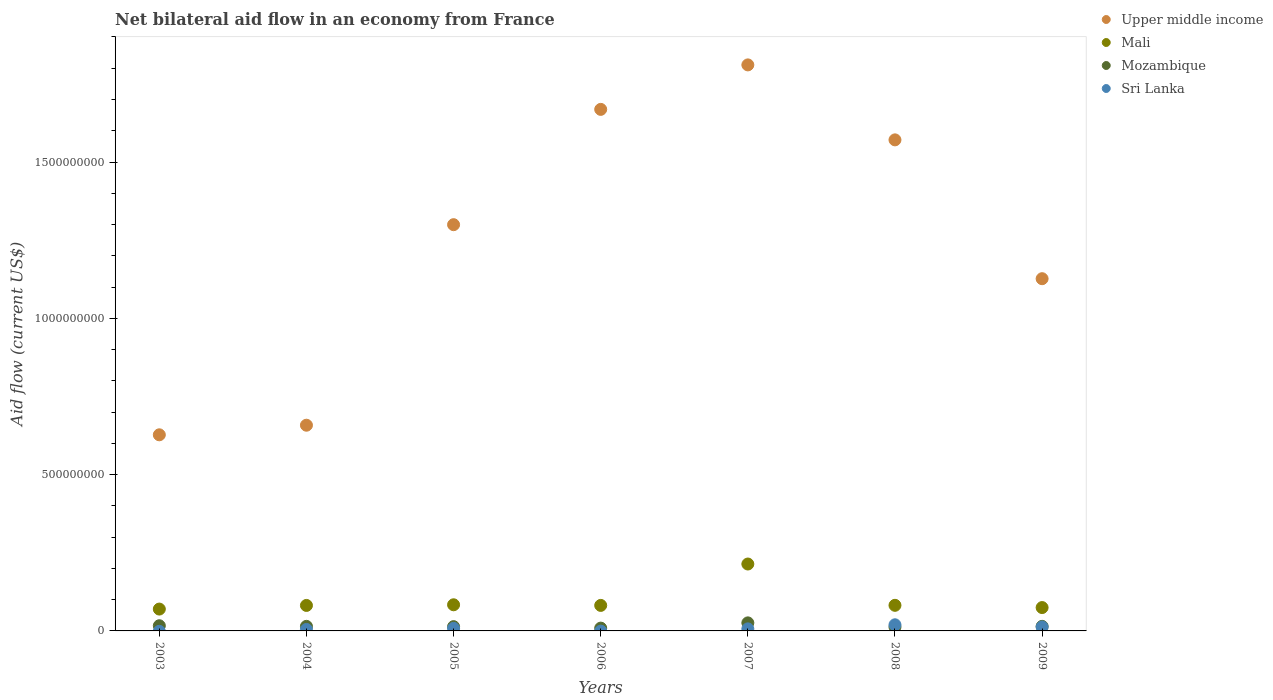
| Years | Upper middle income | Mali | Mozambique | Sri Lanka |
 | --- | --- | --- | --- | --- |
 | 2003 | 6.27e+08 | 6.99e+07 | 1.66e+07 | -1.32e+06 |
 | 2004 | 6.58e+08 | 8.15e+07 | 1.46e+07 | 4.66e+06 |
 | 2005 | 1.3e+09 | 8.36e+07 | 1.37e+07 | 8.26e+06 |
 | 2006 | 1.67e+09 | 8.16e+07 | 8.98e+06 | -7e+05 |
 | 2007 | 1.81e+09 | 2.14e+08 | 2.57e+07 | 6.54e+06 |
 | 2008 | 1.57e+09 | 8.19e+07 | 1.23e+07 | 1.96e+07 |
 | 2009 | 1.13e+09 | 7.47e+07 | 1.46e+07 | 1.27e+07 |